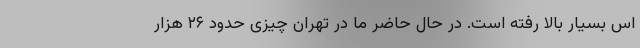
اس بسیار بالا رفته است. در حال حاضر ما در تهران چیزی حدود ۲۶ هزار